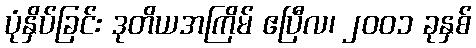
ပုံနှိပ်ခြင်း ဒုတိယအကြိမ် ဧပြီလ၊ ၂၀၀၁ ခုနှစ်